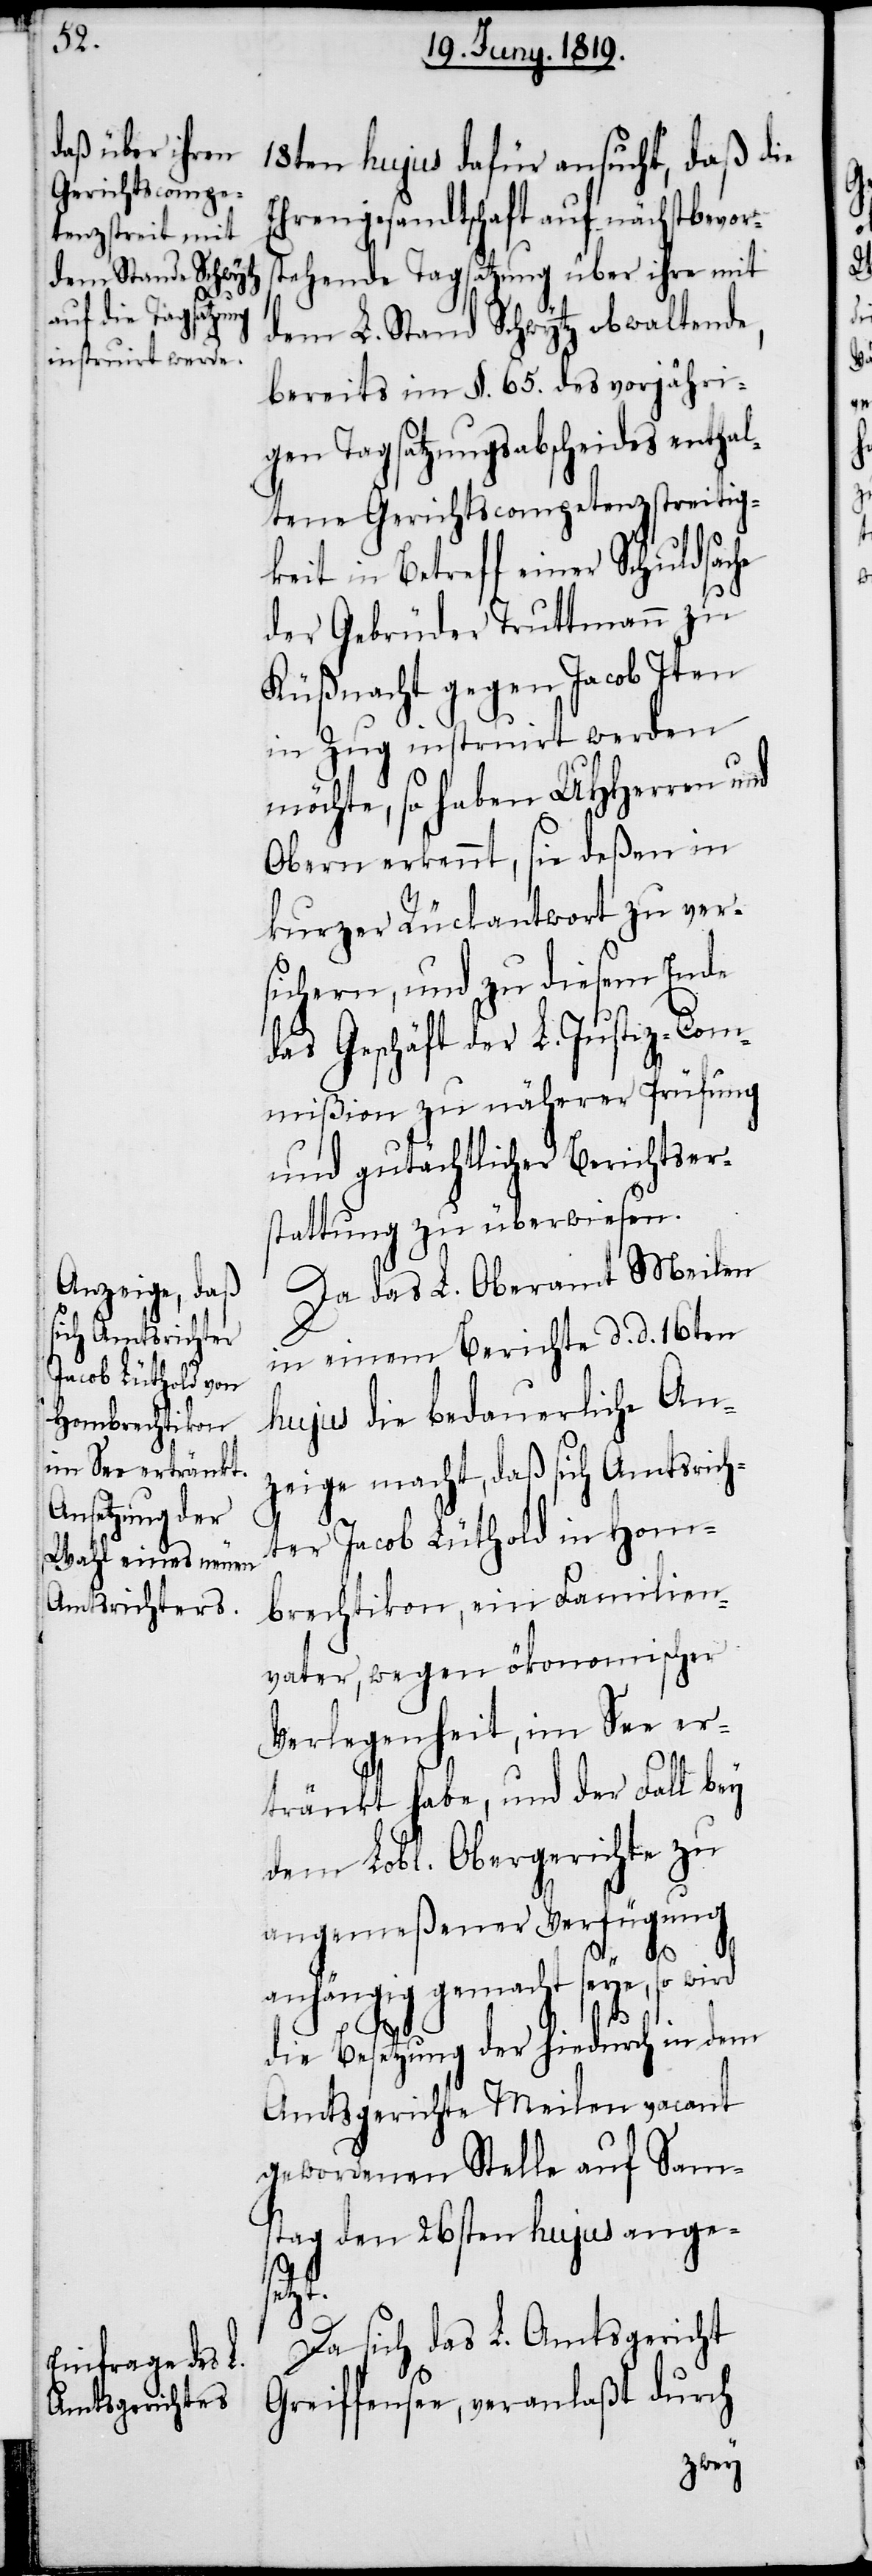
18ten hujus dafür ansucht, daß die
Ehrengesandtschaft auf nächstbevors¬
tehende Tagsatzung über ihre mit
dem L. Stand Schwytz obwaltende,
bereits im §. 65. des vorjähri¬
gen Tagsatzungsabscheides enthal¬
tene Gerichtscompetenzstreitig¬
keit in Betreff einer Schuldsache
der Gebrüder Truttmann zu
Küßnacht gegen Jacob Iten
Zug instruirt werden
möchte, so haben UHHerren und
Obern erkennt, sie deßen in
kurzer Rückantwort zu ver¬
sichern, und zu diesem Ende
das Geschäft der L. Justiz-Com¬
mißion zu näherer Prüfung
und gutächtlicher Berichtser¬
stattung zu überwiesen.
Da das L. Oberamt Meilen
in einem Berichte d. d. 16ten
hujus die bedauerliche An¬
zeige macht, daß sich Amtsrich¬
ter Jacob Lüthold in Hom¬
brechtikon, ein Familien¬
vater, wegen ökonomischer
Verlegenheit, im See er¬
tränkt habe, und der Fall bey
dem Lobl. Obergerichte zu
angemeßener Verfügung
anhängig gemacht seye, so wird
die Besetzung der hiedurch in dem
Amtsgerichte Meilen vacant
gewordenen Stelle auf Sam¬
stag den 26sten hujus angese¬
tzt.
Da sich das L. Amtsgericht
Greiffensee, veranlaßt durch